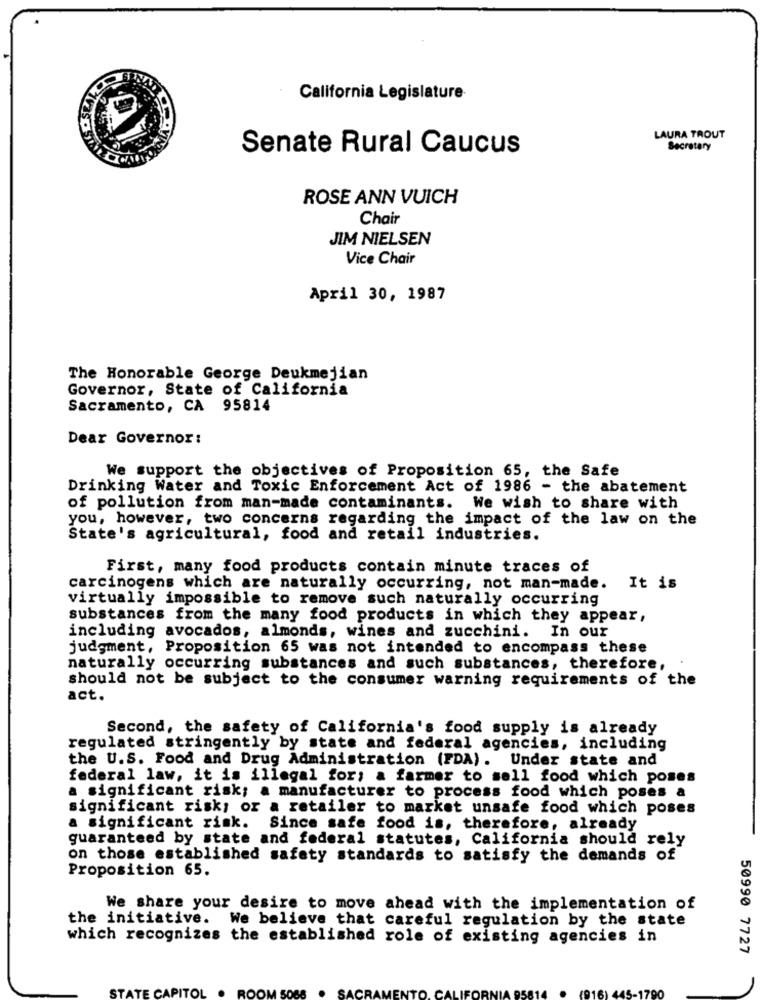
California Legislature
LAURA TROUT
Senate Rural Caucus
Secretary
ROSE ANN VUICH
Chair
JIM NIELSEN
Vice Chair
April 30, 1987
The Honorable George Deukmejian
Governor, State of California
Sacramento, CA 95814
Dear Governor:
We support the objectives of Proposition 65, the Safe
Drinking Water and Toxic Enforcement Act of 1986 - the abatement
of pollution from man-made contaminants. We wish to share with
you, however, two concerns regarding the impact of the law on the
State's agricultural, food and retail industries.
First, many food products contain minute traces of
carcinogens which are naturally occurring, not man-made.
It is
virtually impossible to remove such naturally occurring
substances from the many food products in which they appear,
including avocados, almonds, wines and zucchini. In our
judgment, Proposition 65 was not intended to encompass these
naturally occurring substances and such substances, therefore,
should not be subject to the consumer warning requirements of the
act.
Second, the safety of California's food supply is already
regulated stringently by state and federal agencies, including
the U.S. Food and Drug Administration (FDA). Under state and
federal law, it is illegal for; a farmer to sell food which poses
a significant risk; a manufacturer to process food which poses a
significant risk; or a retailer to market unsafe food which poses
a significant risk.
Since safe food is, therefore, already
guaranteed by state and federal statutes, California should rely
on those established safety standards to satisfy the demands of
Proposition 65.
We share your desire to move ahead with the implementation of
the initiative. We believe that careful regulation by the state
which recognizes the established role of existing agencies in
50990 7727
TE CAPITOL